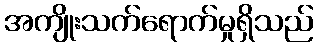
အကျိုးသက်ရောက်မှုရှိသည်